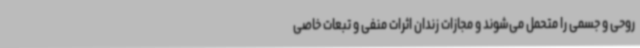
روحی و جسمی را متحمل می‌شوند و مجازات زندان اثرات منفی و تبعات خاصی